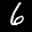
Label: 6